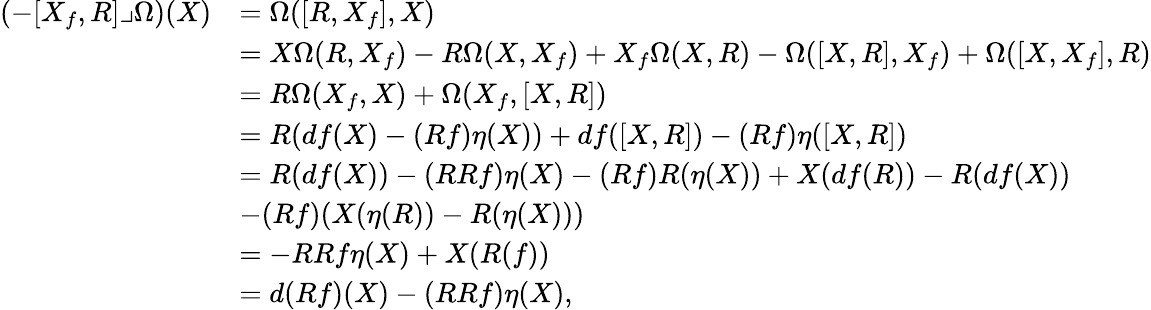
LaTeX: \begin{array}{rl}{(-[X_{f},R]\lrcorner\Omega)(X)}&{=\Omega([R,X_{f}],X)}\\ &{=X\Omega(R,X_{f})-R\Omega(X,X_{f})+X_{f}\Omega(X,R)-\Omega([X,R],X_{f})+\Omega([X,X_{f}],R)}\\ &{=R\Omega(X_{f},X)+\Omega(X_{f},[X,R])}\\ &{=R(df(X)-(Rf)\eta(X))+df([X,R])-(Rf)\eta([X,R])}\\ &{=R(df(X))-(RRf)\eta(X)-(Rf)R(\eta(X))+X(df(R))-R(df(X))}\\ &{-(Rf)(X(\eta(R))-R(\eta(X)))}\\ &{=-RRf\eta(X)+X(R(f))}\\ &{=d(Rf)(X)-(RRf)\eta(X),}\end{array}